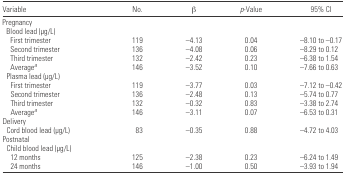
<table><thead><tr><td><b>Variable</b></td><td><b>No.</b></td><td><b>β</b></td><td><b><i>p</i>-Value</b></td><td><b>95% CI</b></td></tr></thead><tbody><tr><td colspan="5">Pregnancy</td></tr><tr><td colspan="5"> Blood lead (μg/L)</td></tr><tr><td>First trimester</td><td>119</td><td>−4.13</td><td>0.04</td><td>−8.10 to −0.17</td></tr><tr><td>Second trimester</td><td>136</td><td>−4.08</td><td>0.06</td><td>−8.29 to 0.12</td></tr><tr><td>Third trimester</td><td>132</td><td>−2.42</td><td>0.23</td><td>−6.38 to 1.54</td></tr><tr><td>Averagea</td><td>146</td><td>−3.52</td><td>0.10</td><td>−7.66 to 0.63</td></tr><tr><td colspan="5"> Plasma lead (μg/L)</td></tr><tr><td>First trimester</td><td>119</td><td>−3.77</td><td>0.03</td><td>−7.12 to −0.42</td></tr><tr><td>Second trimester</td><td>136</td><td>−2.48</td><td>0.13</td><td>−5.74 to 0.77</td></tr><tr><td>Third trimester</td><td>132</td><td>−0.32</td><td>0.83</td><td>−3.38 to 2.74</td></tr><tr><td>Averagea</td><td>146</td><td>−3.11</td><td>0.07</td><td>−6.53 to 0.31</td></tr><tr><td colspan="5">Delivery</td></tr><tr><td> Cord blood lead (μg/L)</td><td>83</td><td>−0.35</td><td>0.88</td><td>−4.72 to 4.03</td></tr><tr><td colspan="5">Postnatal</td></tr><tr><td colspan="5"> Child blood lead (μg/L)</td></tr><tr><td>12 months</td><td>125</td><td>−2.38</td><td>0.23</td><td>−6.24 to 1.49</td></tr><tr><td>24 months</td><td>146</td><td>−1.00</td><td>0.50</td><td>−3.93 to 1.94</td></tr></tbody></table>